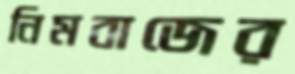
নিমবাজের